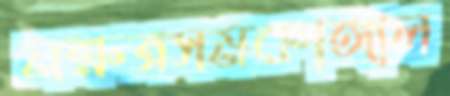
নক্ষত্রসমকাঙ্গাল